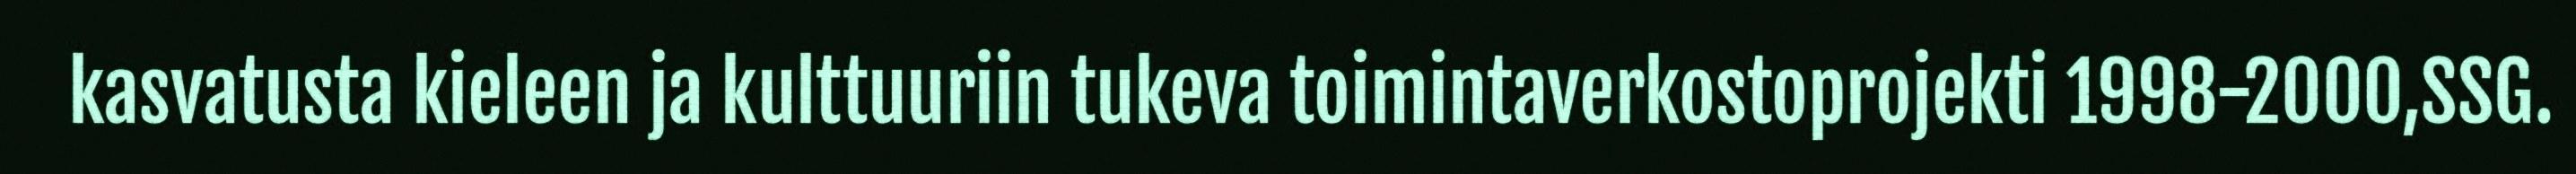
kasvatusta kieleen ja kulttuuriin tukeva toimintaverkostoprojekti 1998-2000,SSG.